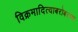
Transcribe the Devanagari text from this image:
विक्रमादित्याबरोबरच्या